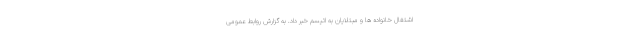
اشتغال خانواده ها و مبتلایان به اتیسم خبر داد. به گزارش روابط عمومی